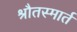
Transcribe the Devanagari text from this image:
श्रौतस्मार्त